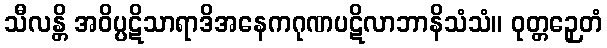
သီလန္တိ အဝိပ္ပဋိသာရာဒိအနေကဂုဏပဋိလာဘာနိသံသံ။ ဝုတ္တဉှေတံ